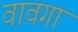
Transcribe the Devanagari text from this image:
वावगा